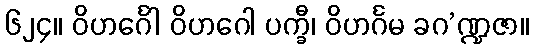
၆၂၄။ ဝိဟင်္ဂေါ ဝိဟဂေါ ပက္ခီ၊ ဝိဟင်္ဂမ ခဂ’ဏ္ဍဇာ။